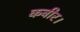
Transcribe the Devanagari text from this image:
कबीर।